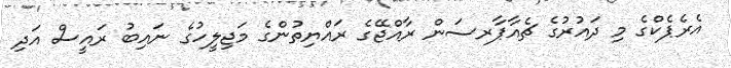
އެރެޕެކްގެ މި ދައުރުގެ ޗެއާޕާރސަން ރާއްޖޭގެ ރައްޔިތުންގެ މަޖިލީހުގެ ނައިބު ރައީސް އަދި